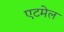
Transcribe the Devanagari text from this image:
एटमेल